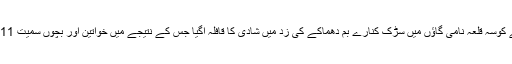
افغانستان کے صوبہ فریاب کے کوسہ قلعہ نامی گاؤں میں سڑک کنارے بم دھماکے کی زد میں شادی کا قافلہ آگیا جس کے نتیجے میں خواتین اور بچوں سمیت 11 افراد موقع پر ہی ہلاک ہوگئے۔